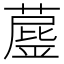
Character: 𦼘